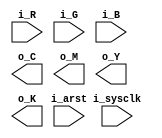
// This program was cloned from: https://github.com/Efinix-Inc/xyloni
// License: MIT License

module rgb_to_cymk
#(
	parameter	COLOR_PRECISION	= 8
)
(
	input	i_arst,
	input	i_sysclk,
	
	input	[COLOR_PRECISION-1:0]i_R,
	input	[COLOR_PRECISION-1:0]i_G,
	input	[COLOR_PRECISION-1:0]i_B,
	
	output	[COLOR_PRECISION-1:0]o_C,
	output	[COLOR_PRECISION-1:0]o_M,
	output	[COLOR_PRECISION-1:0]o_Y,
	output	[COLOR_PRECISION-1:0]o_K
);

reg		[COLOR_PRECISION-1:0]r_R_1P, r_G_1P, r_B_1P, r_K_1P;
reg		[COLOR_PRECISION-1:0]r_R_2P, r_G_2P, r_B_2P, r_K_2P;
reg		[COLOR_PRECISION-1:0]r_C_3P, r_M_3P, r_Y_3P, r_K_3P;

always@(posedge i_arst or posedge i_sysclk)
begin
	if (i_arst)
	begin
	end
	else
	begin
		if (i_R > i_G)
			r_K_1P	<= i_R;
		else
			r_K_1P	<= i_G;
		
		if (r_B_1P > r_K_1P)
			r_K_2P	<= {COLOR_PRECISION{1'b1}} - r_B_1P;
		else
			r_K_2P	<= {COLOR_PRECISION{1'b1}} - r_K_1P;
		
		r_C_3P	<= r_R_2P - r_K_2P;
		r_M_3P	<= r_G_2P - r_K_2P;
		r_Y_3P	<= r_B_2P - r_K_2P;
	end
end

endmodule